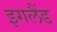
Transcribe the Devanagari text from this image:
इगलैंड